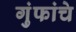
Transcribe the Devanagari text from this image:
गुंफांचे